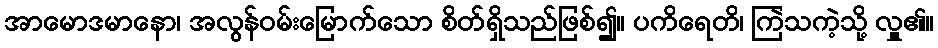
အာမောဒမာနော၊ အလွန်ဝမ်းမြောက်သော စိတ်ရှိသည်ဖြစ်၍။ ပကိရေတိ၊ ကြဲသကဲ့သို့ လှူ၏။